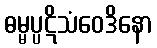
ဓမ္မပ္ပဋိသံဝေဒိနော